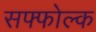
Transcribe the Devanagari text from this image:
सफ्फोल्क